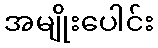
အမျိုးပေါင်း